DOW-UAP-D48, Department of the Air Force Report, 1996
Agency: Department of War
Incident date: 9/10/96
Page 127
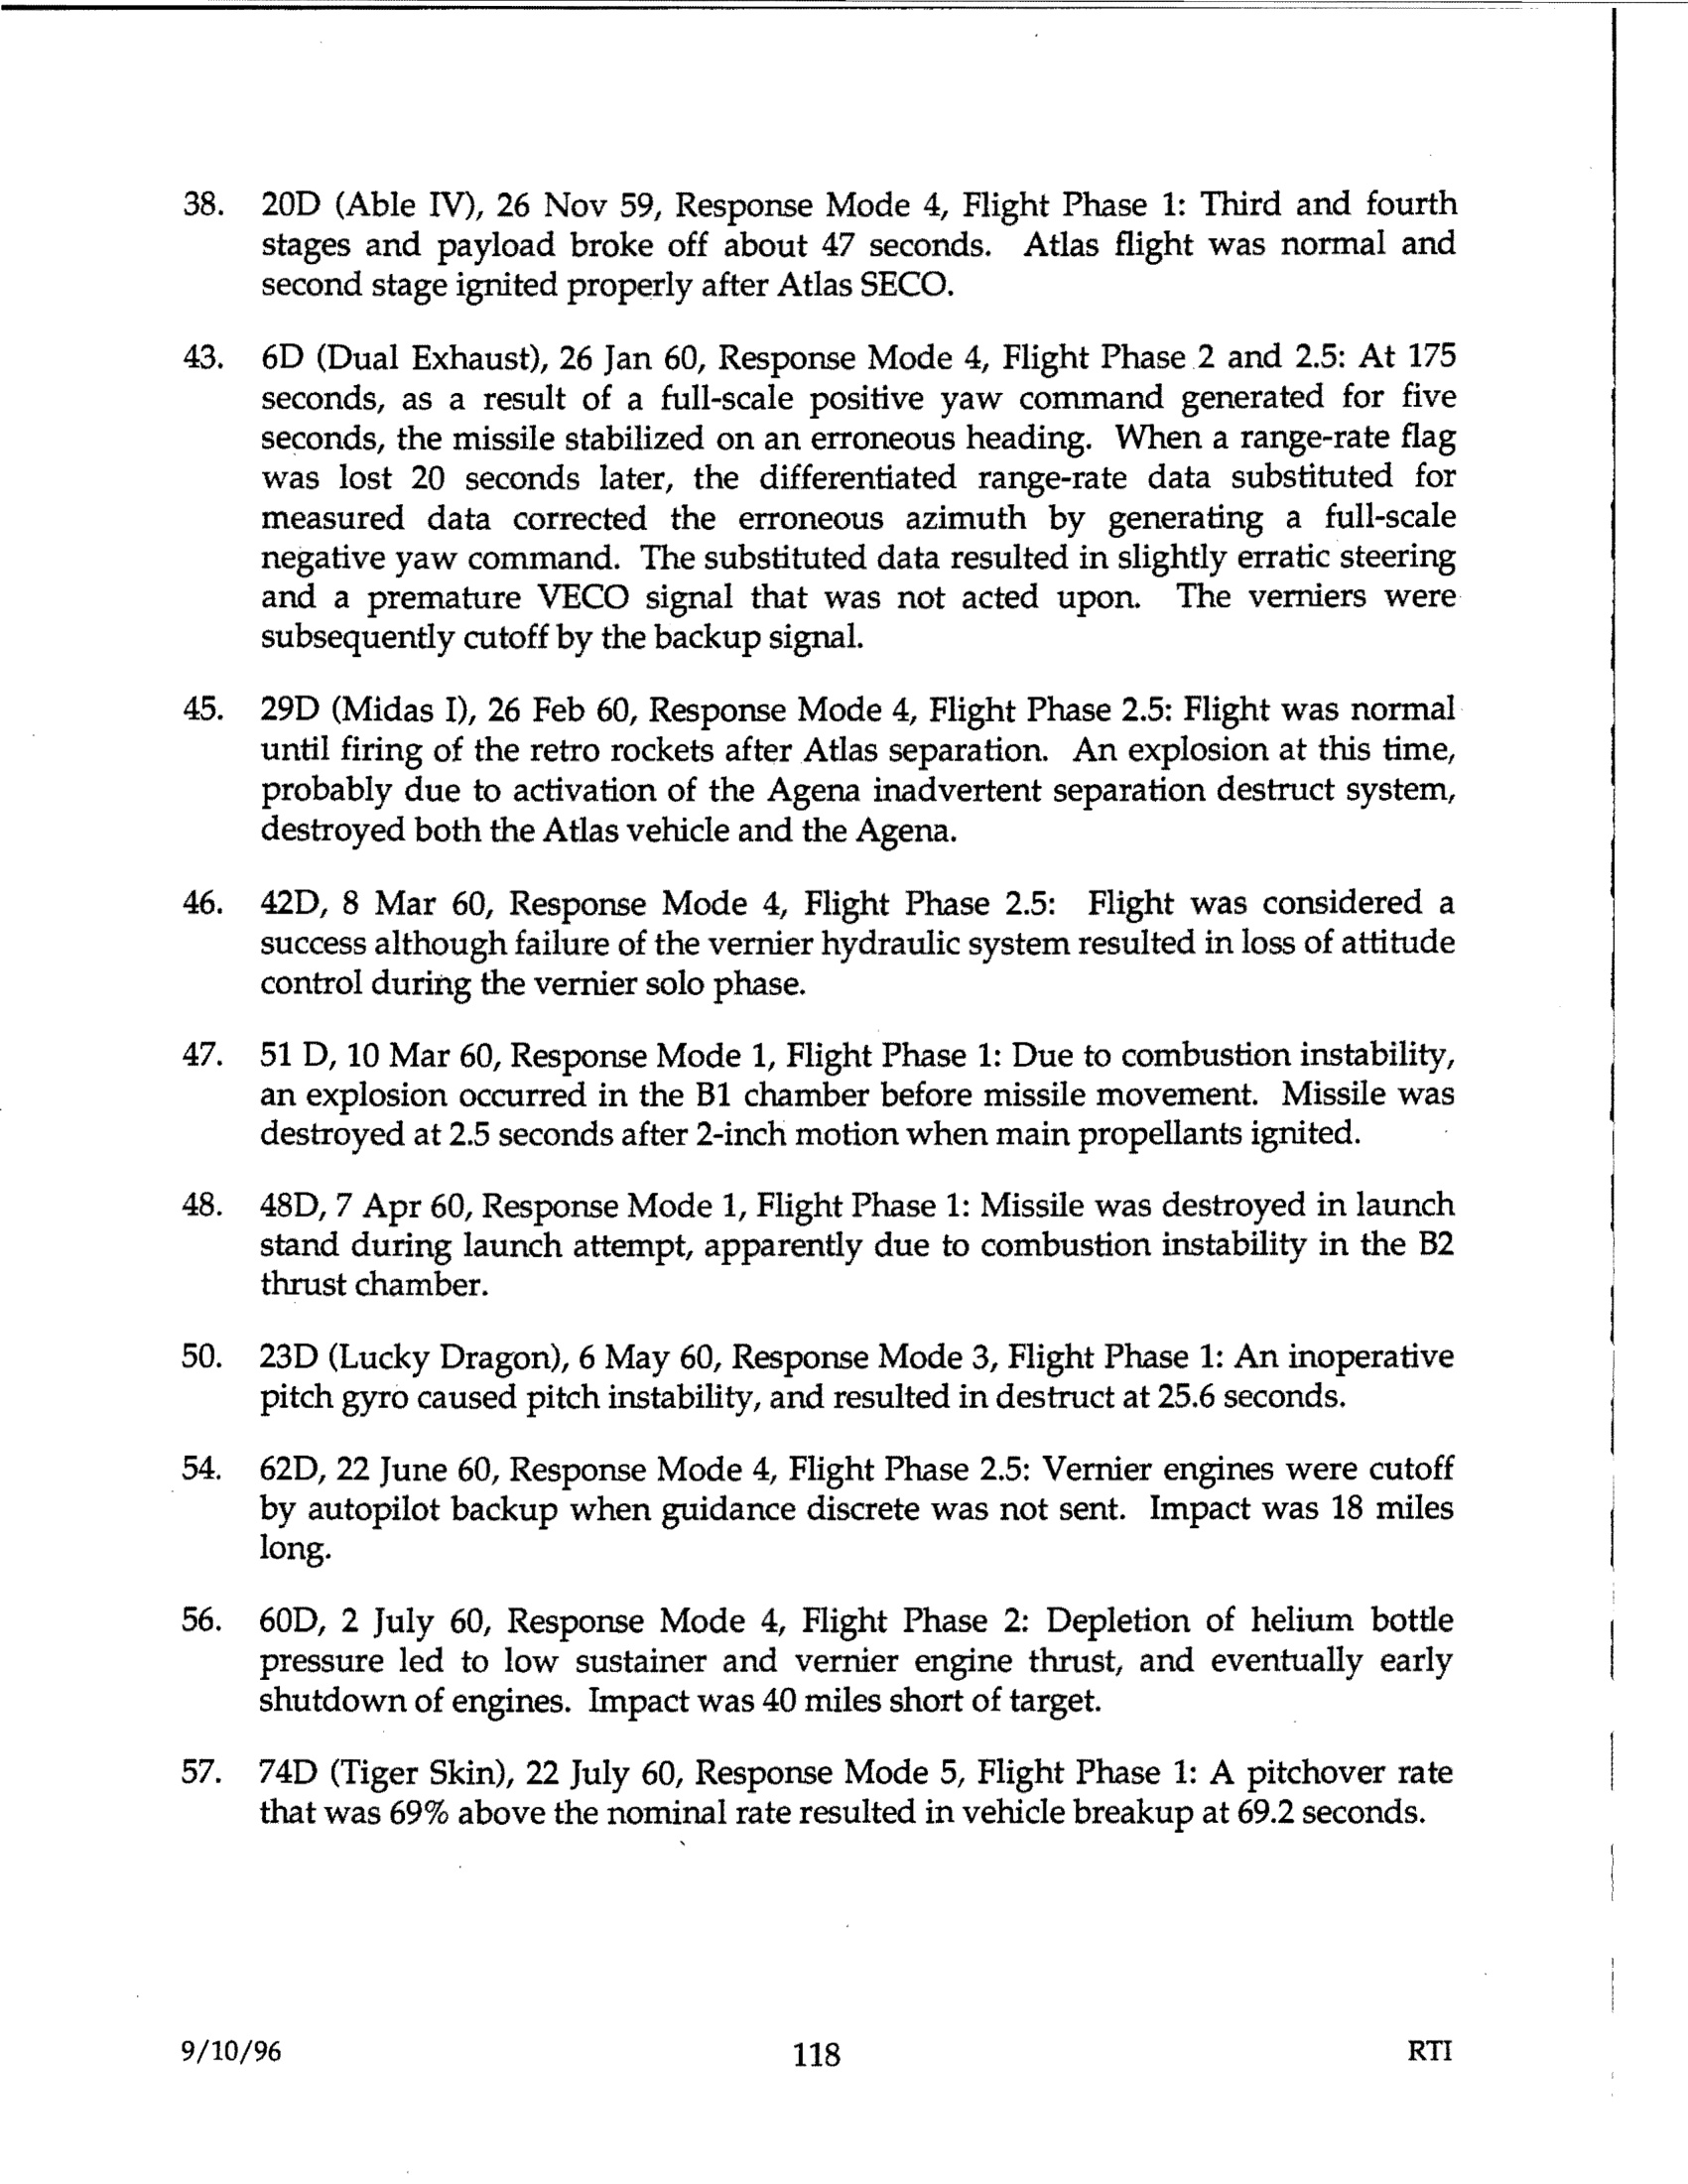